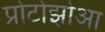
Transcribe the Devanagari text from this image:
प्रोटोझोआ